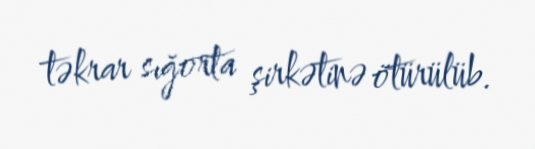
təkrar sığorta şirkətinə ötürülüb.